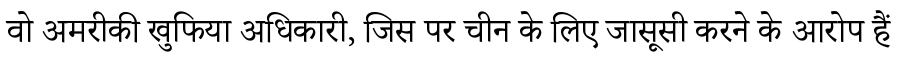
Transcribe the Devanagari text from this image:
वो अमरीकी खुफिया अधिकारी, जिस पर चीन के लिए जासूसी करने के आरोप हैं